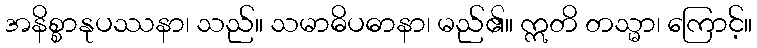
အနိစ္စာနုပဿနာ၊ သည်။ သမာဓိပဓာနာ၊ မည်၏။ ဣတိ တသ္မာ၊ ကြောင့်။